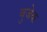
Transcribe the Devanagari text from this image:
वुजेक